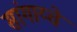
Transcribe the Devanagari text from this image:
सांगाय्चे